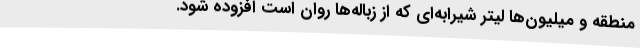
منطقه و میلیون‌ها لیتر شیرابه‌ای که از زباله‌ها روان است افزوده شود.